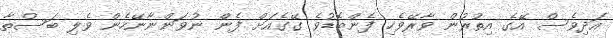
އަދިވެސް އޭގެ އިތުރުން ވާރޭވެހި ފެންބޮޑުވެ ގޭގެއަށް ފެން ނުވަންނާނޭހެން ވެލި ބަސްތާ